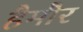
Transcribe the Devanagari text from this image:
हैमौर